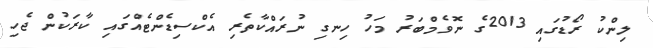
ލިންކު ރޯޑުގައި 2013ގެ ނޮވެމްބަރު މަހު ހިނގި ނުރައްކާތެރި އެކްސިޑެންޓެއްގައި ކާރަކުން ޖެހި